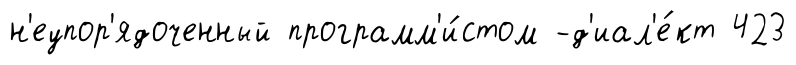
н'еупор'ядоченный программ'и́стом -д'иал'е́кт 423